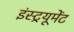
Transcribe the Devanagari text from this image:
इंस्ट्रयूमेंट